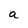
Character: a